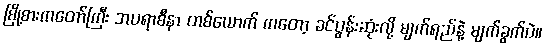
မြို့စားကတော်ကြီး အပရာစီနာ တစ်ယောက် ကတော့ ခင်ပွန်းဆုံးလို့ မျက်ရည်နဲ့ မျက်ခွက်ပဲ။